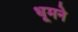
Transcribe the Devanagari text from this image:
धूमने